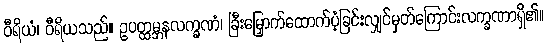
ဝီရိယံ၊ ဝီရိယသည်။ ဥပတ္ထမ္ဘနလက္ခဏံ၊ ခြီးမြှောက်ထောက်ပံ့ခြင်းလျှင်မှတ်ကြောင်းလက္ခဏာရှိ၏။